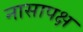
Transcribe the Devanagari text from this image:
नासापक्ष